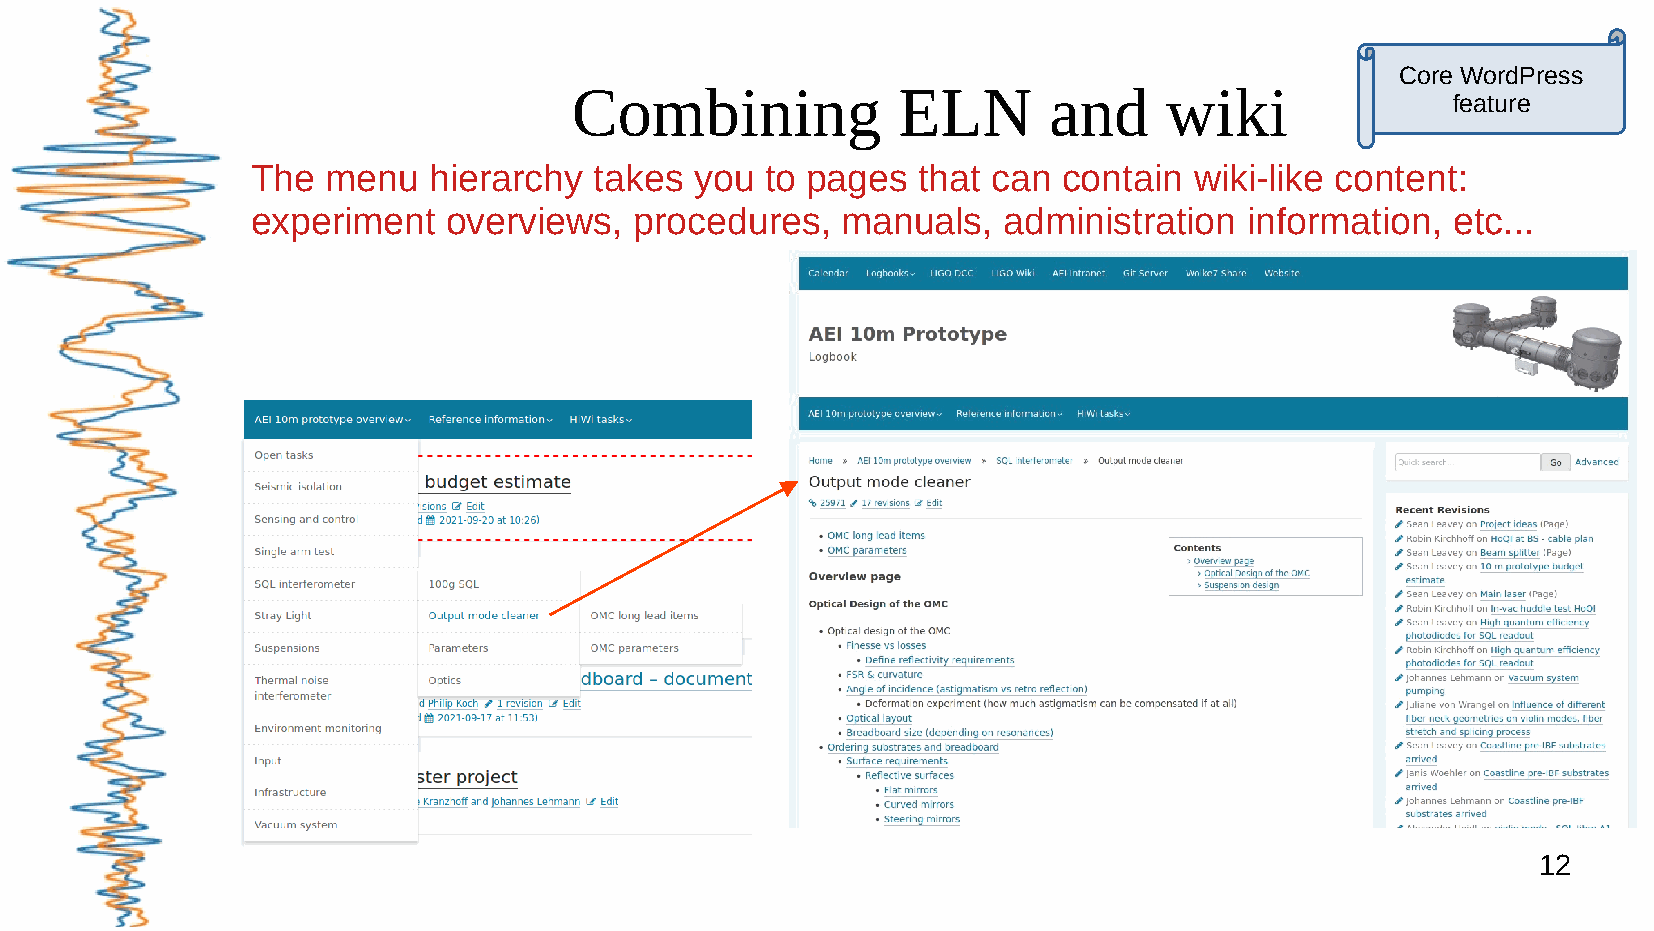
Core WordPress
 Combining            ELN       and     wiki
 feature
 The  menu  hierarchy  takes  you  to pages  that can contain  wiki-like content:
 experiment   overviews,  procedures,   manuals,  administration   information, etc...
 12